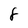
Character: 8